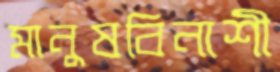
মানুষবিনাশী